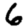
Digit: 6